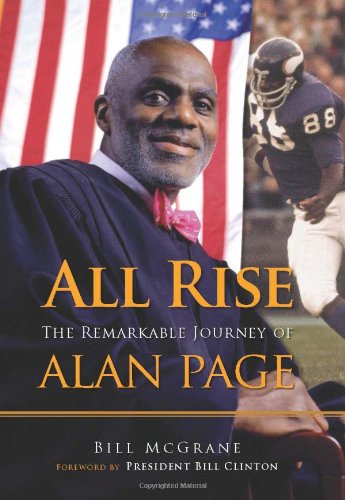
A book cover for All Rise: The Remarkable Journey of Alan Page; Bill McGrane; Law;